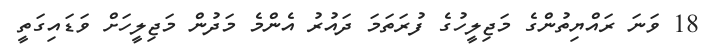
18 ވަނަ ރައްޔިތުންގެ މަޖިލީހުގެ ފުރަތަމަ ދައުރު އެންމެ މަދުން މަޖިލީހަށް ވަޑައިގަތީ